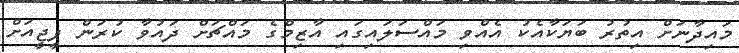
މައިދާނަށް އިތުރު ބަޔަކާއެކު އެއްވި މައްސަލައިގައި އާޒިމްގެ މައްޗަށް ދައުވާ ކުރަން ޕީޖީއަށް